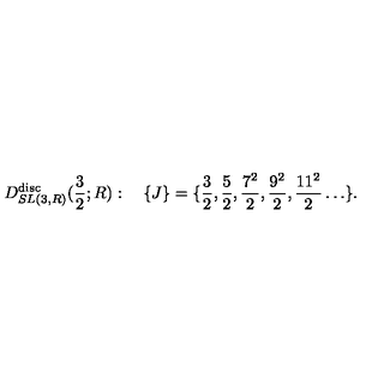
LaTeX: D _ { S L ( 3 , R ) } ^ { \mathrm { d i s c } } ( { \frac { 3 } { 2 } } ; R ) : \quad \{ J \} = \{ { \frac { 3 } { 2 } } , { \frac { 5 } { 2 } } , { \frac { 7 ^ { 2 } } { 2 } } , { \frac { 9 ^ { 2 } } { 2 } } , { \frac { 1 1 ^ { 2 } } { 2 } } \ldots \} .